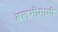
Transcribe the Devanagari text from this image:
बलभीमाची